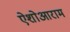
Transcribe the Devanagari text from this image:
ऐशोआराम